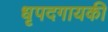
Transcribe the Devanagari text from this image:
धृपदगायकी